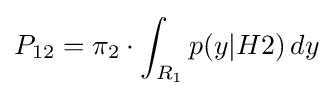
P_{12}=\pi _{2}\cdot \int _{R_{1}}p(y|H2)\,dy